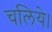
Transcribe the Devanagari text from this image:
चलिये।